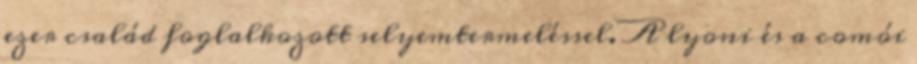
ezer család foglalkozott selyemtermeléssel. A lyoni és a comói